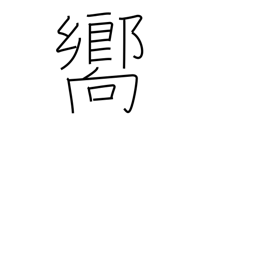
Meaning: guide